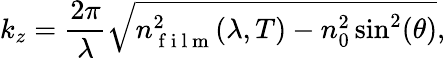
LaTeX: k_{z}=\frac{2\pi}{\lambda}\sqrt{n_{\mathrm{~f~i~l~m~}}^{2}(\lambda,T)-n_{0}^{2}\sin^{2}(\theta)},